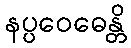
နပ္ပဝေဓေန္တိ